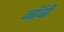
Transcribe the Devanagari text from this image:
नॉबी